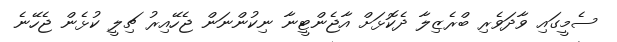
ސެމީގައި ވާދަވެރި ބްރެޒިލާ ދެކޮޅަށް އާޖެންޓީނާ ނިކުންނަން ޖެހޭއިރު ޗިލީ ކުޅެން ޖެހޭނެ